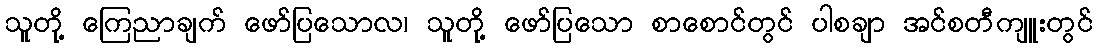
သူတို့ ကြေညာချက် ဖော်ပြသောလ၊ သူတို့ ဖော်ပြသော စာစောင်တွင် ပါစချာ အင်စတီကျူးတွင်